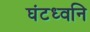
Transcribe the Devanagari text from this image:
घंटध्वनि